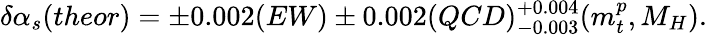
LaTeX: \delta\alpha_{s}(theor)=\pm 0.002(EW)\pm 0.002(QCD)_{-0.003}^{+0.004}(m_{t}^{p},M_{H}).